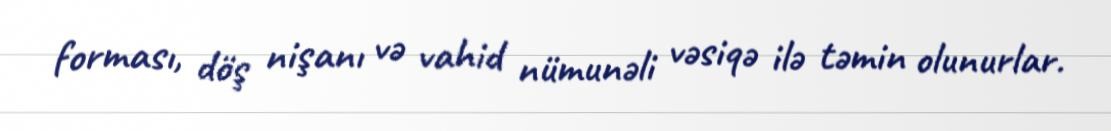
forması, döş nişanı və vahid nümunəli vəsiqə ilə təmin olunurlar.